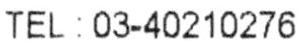
TEL : 03-40210276